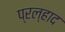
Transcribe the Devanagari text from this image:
प्रल्‍हाद